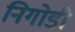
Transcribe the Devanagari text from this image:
निगोडी